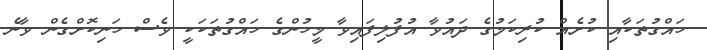
ހައްގުތަކާއި ކުށެއް ކުރިކަމުގެ ދައުވާ އުފުލިފައިވާ މީހުންގެ ހައްގުތަކަކީ ވެސް ހަނިކޮށްގެން ވާނެ